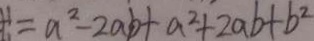
= a ^ { 2 } - 2 a b + a ^ { 2 } + 2 a b + b ^ { 2 }